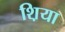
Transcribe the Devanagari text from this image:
श़िया